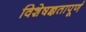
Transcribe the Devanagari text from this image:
विशेषज्ञतापूर्ण